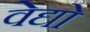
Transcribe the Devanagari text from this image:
वेद्यो